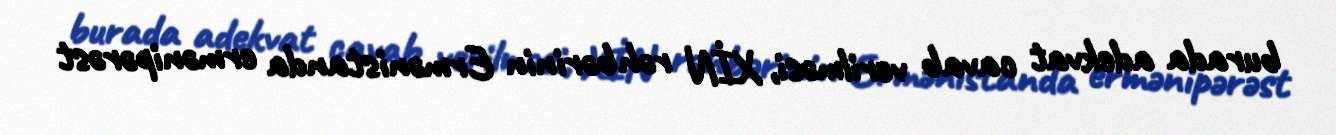
burada adekvat cavab verilməsi, XİN rəhbərinin Ermənistanda ermənipərəst